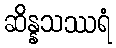
ဆိန္နသဿရံ